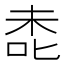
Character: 㖝